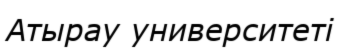
Атырау университеті